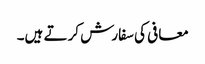
معافی کی سفارش کرتے ہیں۔